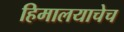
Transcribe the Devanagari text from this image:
हिमालयाचेच